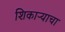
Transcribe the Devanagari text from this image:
शिकाऱ्याचा